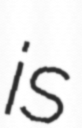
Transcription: is